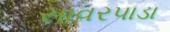
સાવરપાડા